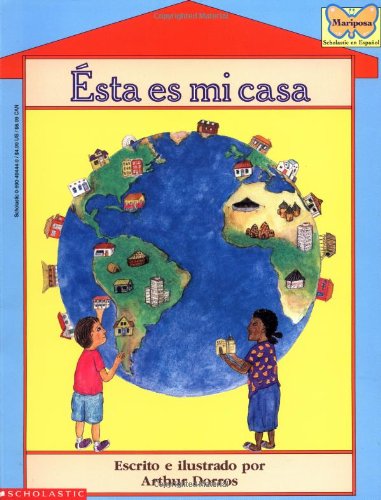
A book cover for ÃEsta es mi casa; Arthur Dorros; Children's Books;